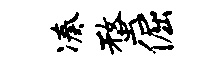
凑蝥倔